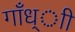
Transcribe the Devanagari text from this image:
गाँध्ाी